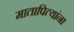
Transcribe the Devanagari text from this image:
मातापित्यांना